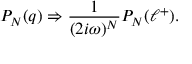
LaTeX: P _ { N } ( q ) \Rightarrow { \frac { 1 } { ( 2 i \omega ) ^ { N } } } P _ { N } ( \ell ^ { + } ) .